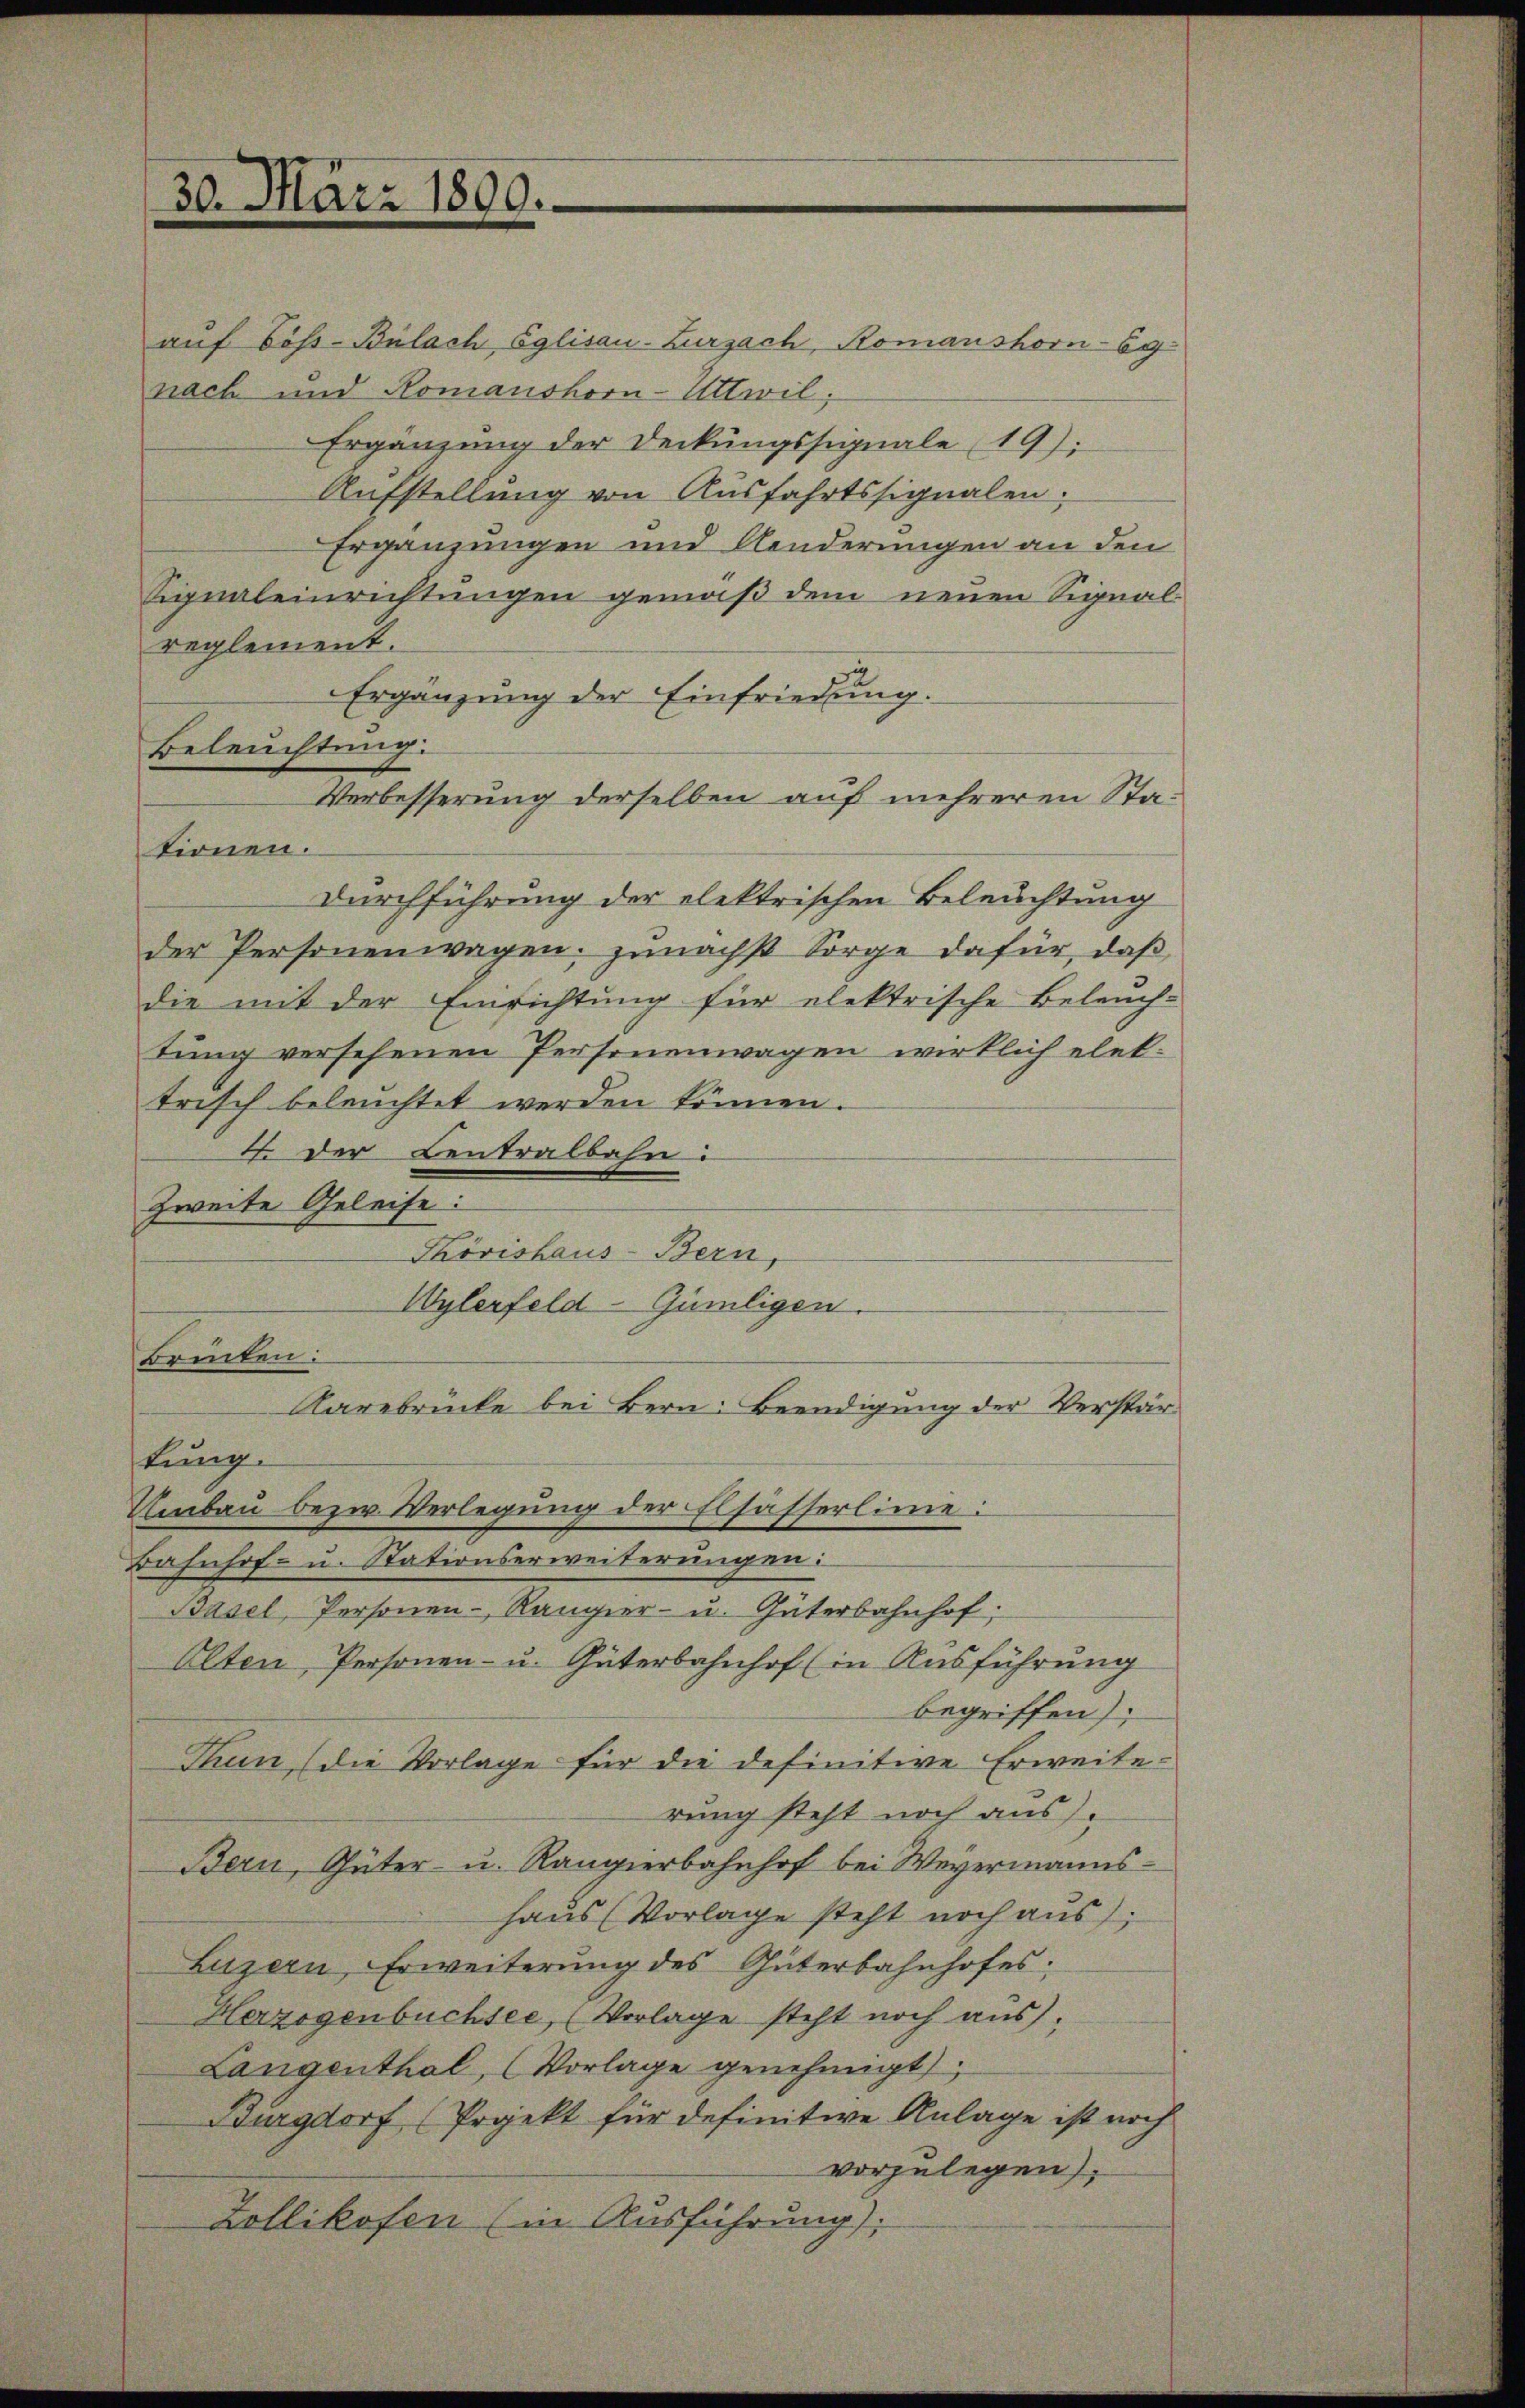
auf Boss-Bülach Eglisau-Zurzach, Romanshorn-Bg-
nach und Romanshorn-Uttwil;
Ergänzung der Deckungssignale 19);
Aufstellung von Ausfahrtssignalen.
Ergänzungen und Aenderungen an den
Signaleinrichtungen gemäß dem neuen Signalreglement.
Ergänzŭng der Einfriedung.
Beleuchtung.
Verbesserung derselben auf mehreren Stationen.
Durchführung der elektrischen Beleuchtung
der Personenwagen: zunächst Sorge dafür, daß
die mit der Einrichtung für elektrische Beleuch-
tung versehenen Personenwagen wirklich elet:
trisch beleuchtet werden können.
4. Der Centralbahn.
zweite Geleise:
Thövishaus-Bern,
Wylerfeld-Gümligen.
Brenten:
Karebrücke bei Bern: Beendigung der Verstärtung.
Umbau bezw. Verlegung der Elsässerlinie:
Bahnhof- u. Stationserweiterungen:
Basel, Personen-Rangier- u. Güterbahnhof,
Olten, Personen- u. Güterbahnhof (in Ausführung
begriffen);
Thun, (die Vorlage für die definitive Erweiterung steht noch aus.
Bern, Güter- u. Rangierbahnhof bei Weyermannshaus (Vorlage steht noch aus,
Luzern, Erweiterung des Güterbahnhofes:
Herzogenbüchsee, (Vorlage steht noch aus,
Langenthal, (Vorlage genehmigt
Burgdorf (Projekt für definitive Anlage ist noch
vorzulegen,
Zollikofen (in Ausführung):

30. März 1890.